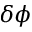
\delta \phi